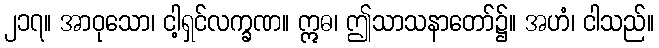
၂၁၇။ အာဝုသော၊ ငါ့ရှင်လက္ခဏ။ ဣဓ၊ ဤသာသနာတော်၌။ အဟံ၊ ငါသည်။